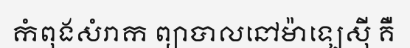
កំពុងសំរាក ព្យាបាលនៅម៉ាឡេស៊ី គឺ